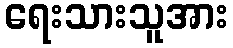
ရေးသားသူအား